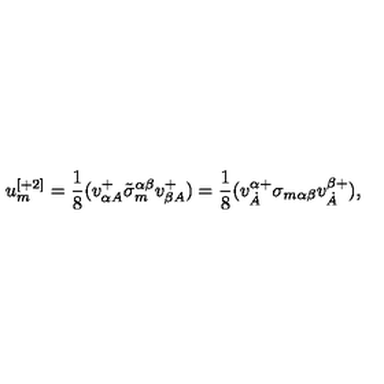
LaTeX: u _ { m } ^ { [ + 2 ] } = \frac 1 8 ( v _ { \alpha A } ^ { + } \tilde { \sigma } _ { m } ^ { \alpha \beta } v _ { \beta A } ^ { + } ) = \frac 1 8 ( v _ { \dot { A } } ^ { \alpha + } \sigma _ { m \alpha \beta } v _ { \dot { A } } ^ { \beta + } ) ,